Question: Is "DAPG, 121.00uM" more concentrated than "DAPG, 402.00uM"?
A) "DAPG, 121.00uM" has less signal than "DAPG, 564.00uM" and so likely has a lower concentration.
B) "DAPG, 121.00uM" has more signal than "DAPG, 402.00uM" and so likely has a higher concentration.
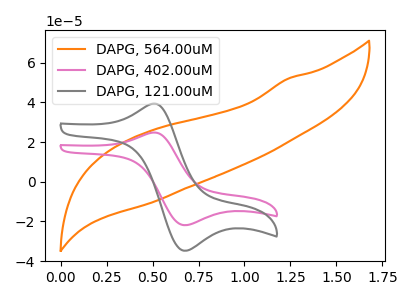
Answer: <think>The orange curve "DAPG, 564.00uM" has no peaks. The pink curve "DAPG, 402.00uM" has an anodic peak at (0.50V, 24.70uA) and a cathodic peak at (0.65V, -21.90uA). The gray curve "DAPG, 121.00uM" has an anodic peak at (0.50V, 39.25uA) and a cathodic peak at (0.65V, -34.75uA).
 All the peaks in "DAPG, 121.00uM" have a peak in "DAPG, 402.00uM" at the same potential. Every peak in "DAPG, 121.00uM" is higher than every peak in "DAPG, 402.00uM".</think>
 <answer>B) "DAPG, 121.00uM" has more signal than "DAPG, 402.00uM" and so likely has a higher concentration.</answer>
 <eval>B</eval>